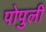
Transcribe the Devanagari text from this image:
पोपुली